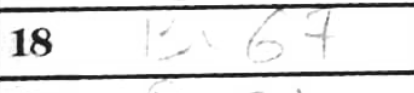
Transcription: Bxb7